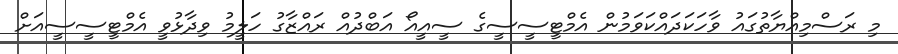
މި ރަސްމިއްޔާތުގައު ވާހަކަދައްކަވަމުން އެމްޓީސީސީގެ ސީއީއޯ އަބްދުއް ރައްޒާގު ހަލީމު ވިދާޅުވީ އެމްޓީސީސީއަށް